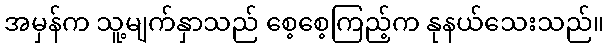
အမှန်က သူ့မျက်နှာသည် စေ့စေ့ကြည့်က နုနယ်သေးသည်။